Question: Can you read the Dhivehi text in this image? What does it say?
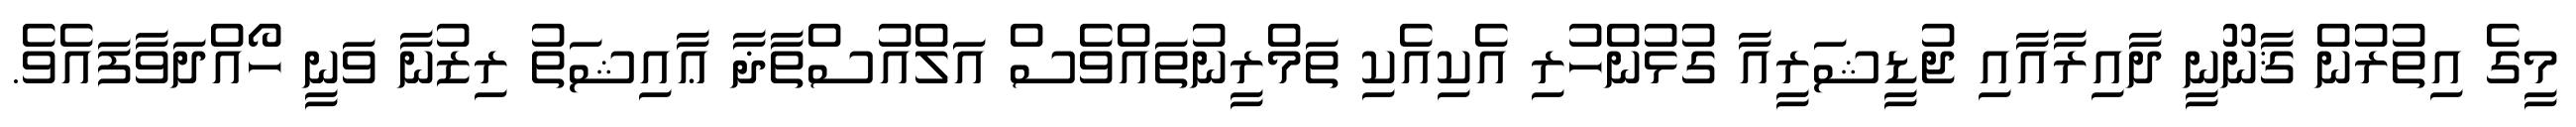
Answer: މީގެ އިތުރުން ޤާނޫނީ ދާއިރާއާއި ޖުޑީޝަރީއާ ގުޅުންހުރި އެކިއެކި ތަމްރީނުތައްވެސް އަލްއުސްތާޛާ ޢާއިޝަތު ރިޒުނާ ވަނީ ހޯއްދަވާފައެވެ.